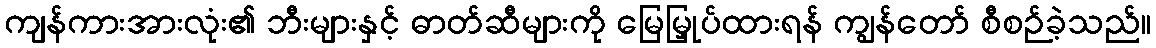
ကျန်ကားအားလုံး၏ ဘီးများနှင့် ဓာတ်ဆီများကို မြေမြှုပ်ထားရန် ကျွန်တော် စီစဉ်ခဲ့သည်။